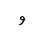
Letter: _waw